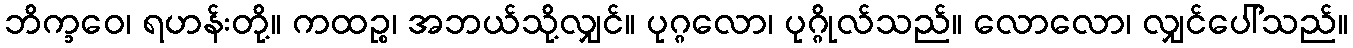
ဘိက္ခဝေ၊ ရဟန်းတို့။ ကထဉ္စ၊ အဘယ်သို့လျှင်။ ပုဂ္ဂလော၊ ပုဂ္ဂိုလ်သည်။ လောလော၊ လျှင်ပေါ်သည်။